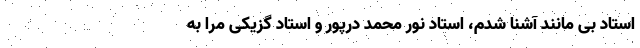
استاد بی مانند آشنا شدم، استاد نور محمد درپور و استاد گزیکی مرا به